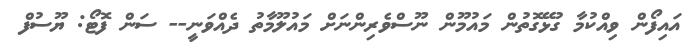
އައިފޯން ވިއްކުމާ ގުޅޭގޮތުން މައުމޫން ނޫސްވެރިންނަށް މައުލޫމާތު ދެއްވަނީ-- ސަން ފޮޓޯ: ޔޫސުފް